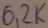
Text: 6,2K